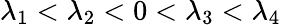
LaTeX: \lambda_{1}<\lambda_{2}<0<\lambda_{3}<\lambda_{4}